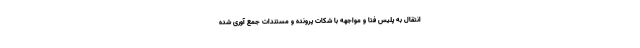
انتقال به پلیس فتا و مواجهه با شکات پرونده و مستندات جمع آوری شده